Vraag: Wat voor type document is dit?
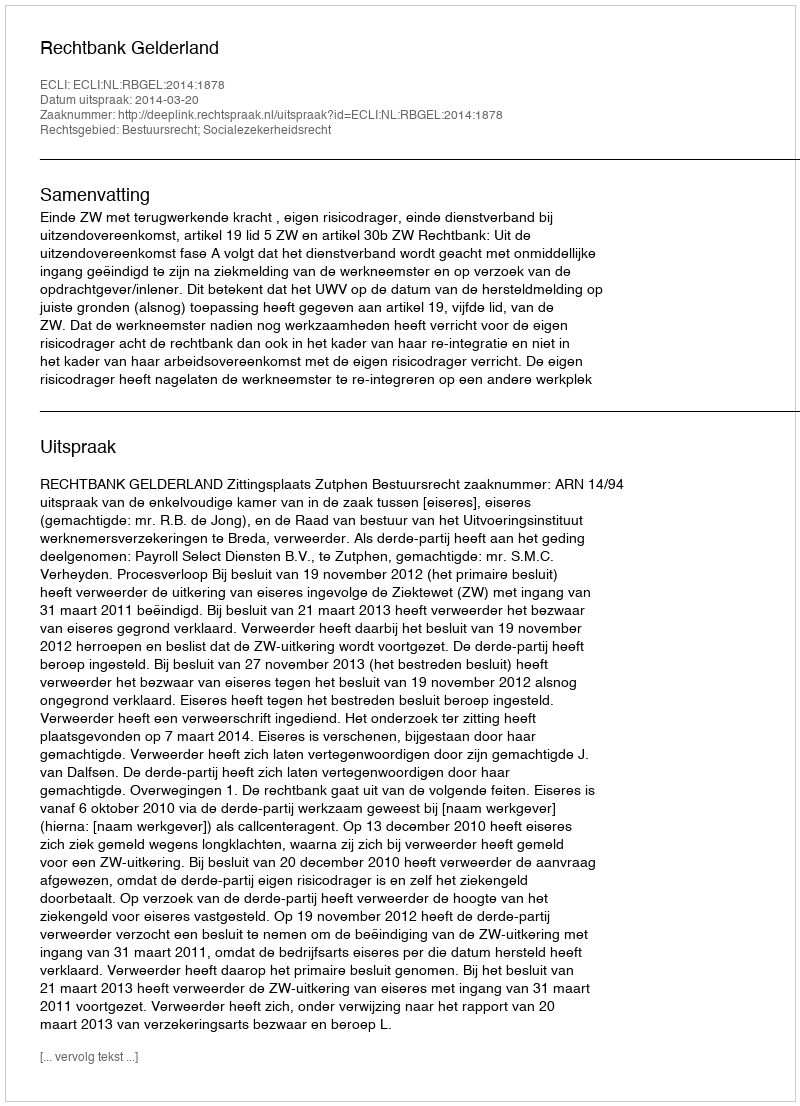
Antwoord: Uitspraak